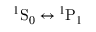
{ } ^ { 1 } \mathrm { S } _ { 0 } \leftrightarrow { } ^ { 1 } \mathrm { P } _ { 1 }